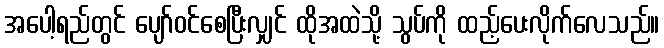
အပေါ့ရည်တွင် ပျော်ဝင်စေပြီးလျှင် ထိုအထဲသို့ သွပ်ကို ထည့်ပေးလိုက်လေသည်။